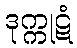
ဒုက္ကုဋံ